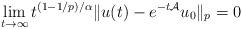
LaTeX: \begin{align*}\lim_{t\to \infty}t^{ (1-1/p)/\alpha}\|u(t)-e^{-t{\cal A}}u_0\|_p = 0\end{align*}